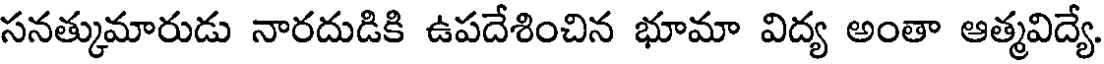
సనత్కుమారుడు నారదుడికి ఉపదేశించిన భూమా విద్య అంతా ఆత్మవిద్యే